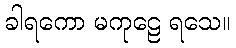
ခါရကော မကုဠေ ရသေ။